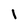
Character: I